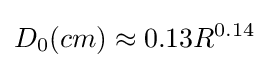
D_{0}{(cm)}\approx 0.13R^{0.14}